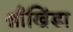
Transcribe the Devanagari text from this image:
श्रीखिंडा